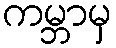
ကမ္ဘာမှ